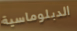
الدبلوماسية